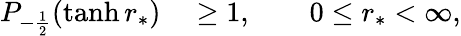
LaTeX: \begin{array}{rl}{P_{-\frac{1}{2}}(\operatorname{tanh}r_{*})}&{{}\ge 1,\qquad 0\le r_{*}<\infty,}\end{array}